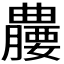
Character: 𪱘